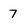
Character: 7